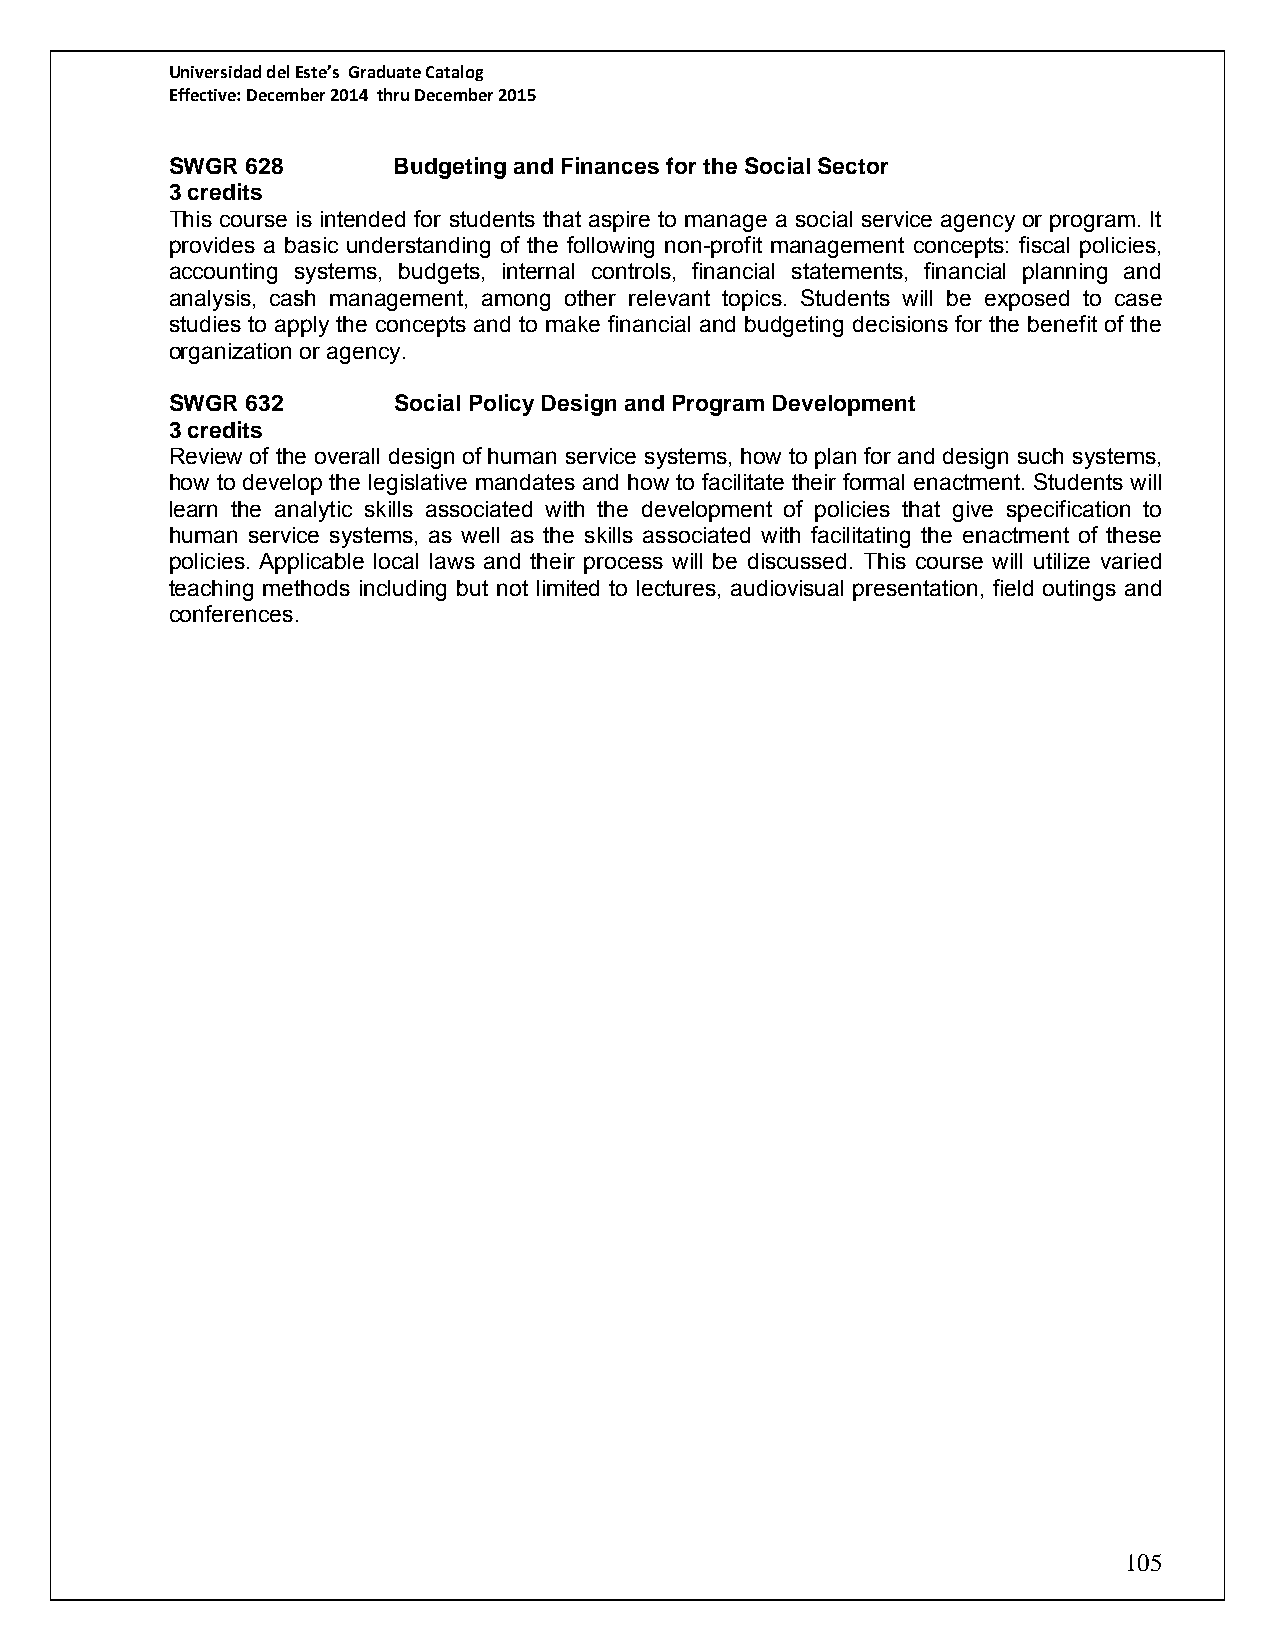
Universidad del Este’s Graduate Catalog
 Effective: December 2014 thru December 2015
 SWGR 628       Budgeting and Finances for the Social Sector
 3 credits
 This course is intended for students that aspire to manage a social service agency or program. It
 provides a basic understanding of the following non-profit management concepts: fiscal policies,
 accounting systems, budgets, internal controls, financial statements, financial planning and
 analysis, cash management, among other relevant topics. Students will be exposed to case
 studies to apply the concepts and to make financial and budgeting decisions for the benefit of the
 organization or agency.
 SWGR 632       Social Policy Design and Program Development
 3 credits
 Review of the overall design of human service systems, how to plan for and design such systems,
 how to develop the legislative mandates and how to facilitate their formal enactment. Students will
 learn the analytic skills associated with the development of policies that give specification to
 human service systems, as well as the skills associated with facilitating the enactment of these
 policies. Applicable local laws and their process will be discussed. This course will utilize varied
 teaching methods including but not limited to lectures, audiovisual presentation, field outings and
 conferences.
 105